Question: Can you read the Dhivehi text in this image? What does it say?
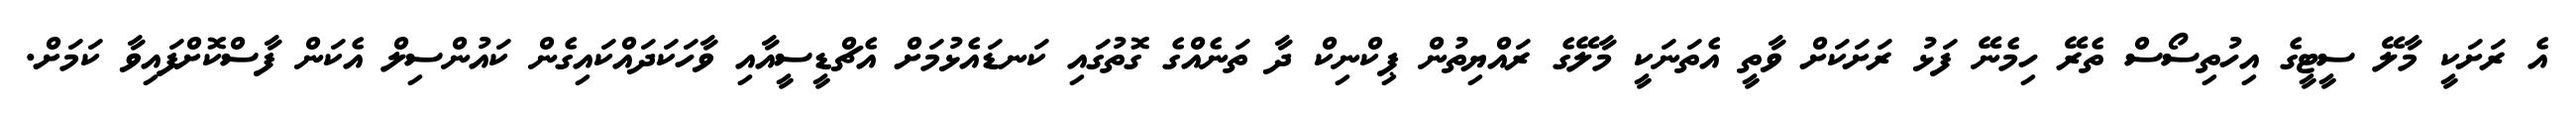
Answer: އެ ރަށަކީ މާލޭ ސީޓީގެ އިހުތިސޯސް ތެރޭ ހިމެނޭ ފަޅު ރަށަކަށް ވާތީ އެތަނަކީ މާލޭގެ ރައްޔިތުން ޕިކްނިކް ދާ ތަނެއްގެ ގޮތުގައި ކަނޑައެޅުމަށް އެޗްޑީސީއާއި ވާހަކަދައްކައިގެން ކައުންސިލް އެކަން ފާސްކޮށްފައިވާ ކަމަށް.